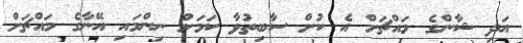
އަދި ޝާންގެ މައްޗަށް އެ ކުށް ސާބިތުވާ ކަމަށް ނިންމައި އޭނާގެ މައްޗަށް